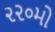
૨૨૦મો